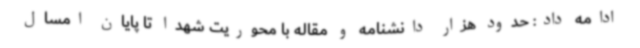
ادامه داد: حدود هزار دانشنامه و مقاله با محوریت شهدا تا پایان امسال